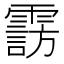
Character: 𲊆